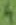
Text: 4